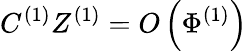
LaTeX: C^{(1)}Z^{(1)}=O\left(\Phi^{(1)}\right)